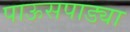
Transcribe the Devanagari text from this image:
पाऊसपाड्या